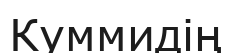
Куммидің